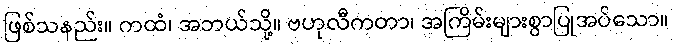
ဖြစ်သနည်း။ ကထံ၊ အဘယ်သို့။ ဗဟုလီကတာ၊ အကြိမ်းများစွာပြုအပ်သော။